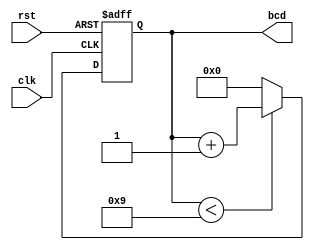
module bcd_counter (
    input wire clk,        // Clock signal
    input wire rst,        // Asynchronous reset signal
    output reg [3:0] bcd   // 4-bit BCD output
);

    // Always block triggered on the rising edge of the clock or when reset is active
    always @(posedge clk or posedge rst) begin
        if (rst) begin
            bcd <= 4'b0000; // Reset the counter to 0
        end else begin
            if (bcd < 4'b1001) begin
                bcd <= bcd + 1; // Increment the counter
            end else begin
                bcd <= 4'b0000; // Reset the counter to 0 after reaching 9
            end
        end
    end

endmodule